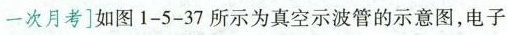
一次月考]如图1-5-37所示为真空示波管的示意图，电子